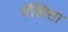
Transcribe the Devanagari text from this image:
पॅलिसा